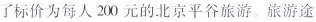
参加了标价为每人200元的北京平谷旅游。旅游途